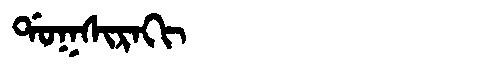
Manchu: ᡩᠣᡴᠰᡳᡵᠠᡴᡳ
Romanization: DOKSIRAKI